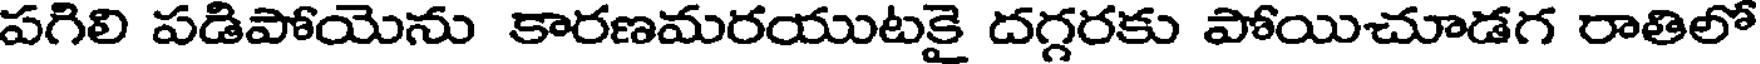
పగిలి పడిపోయెను కారణమరయుటకై దగ్గరకు పోయిచూడగ రాతిలో